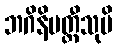
ဘဂိနိမတ္တီသုပိ